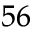
^ { 5 6 }